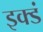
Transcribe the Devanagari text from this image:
इक्डं